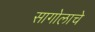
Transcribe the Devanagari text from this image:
सागोलाचे